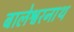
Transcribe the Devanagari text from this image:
बालेश्वरनाथ